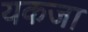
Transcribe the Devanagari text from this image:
यकजा